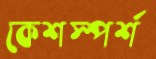
কেশস্পর্শ